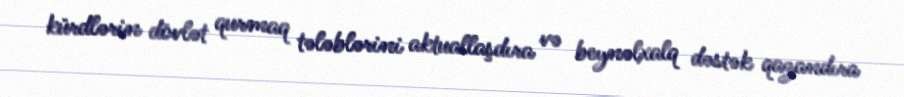
kürdlərin dövlət qurmaq tələblərini aktuallaşdıra və beynəlxalq dəstək qazandıra